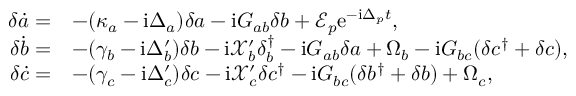
\begin{array} { r l } { \delta \dot { a } = } & { - ( \kappa _ { a } - \mathrm { i } \Delta _ { a } ) \delta a - \mathrm { i } G _ { a b } \delta b + \mathcal { E } _ { p } \mathrm { e } ^ { - \mathrm { i } \Delta _ { p } t } , } \\ { \delta \dot { b } = } & { - ( \gamma _ { b } - \mathrm { i } \Delta _ { b } ^ { \prime } ) \delta b - \mathrm { i } \mathcal { X } _ { b } ^ { \prime } \delta _ { b } ^ { \dagger } - \mathrm { i } G _ { a b } \delta a + \Omega _ { b } - \mathrm { i } G _ { b c } ( \delta c ^ { \dagger } + \delta c ) , } \\ { \delta \dot { c } = } & { - ( \gamma _ { c } - \mathrm { i } \Delta _ { c } ^ { \prime } ) \delta c - \mathrm { i } \mathcal { X } _ { c } ^ { \prime } \delta c ^ { \dagger } - \mathrm { i } G _ { b c } ( \delta b ^ { \dagger } + \delta b ) + \Omega _ { c } , } \end{array}